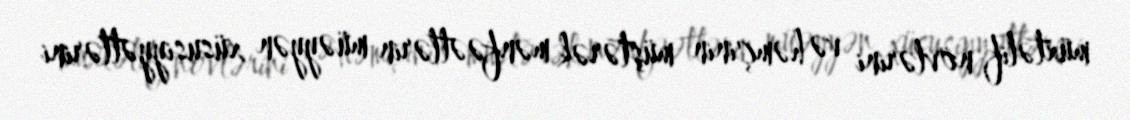
müxtəlif növlərini və həmçinin müştərək mənfəətlərin müəyyən xüsusiyyətlərini